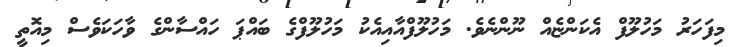
މިފަހަރު މަހުލޫފް އެކަންޏެއް ނޫންނެވެ. މަހުލޫފްއާއިއެކު މަހުލޫފްގެ ބައްޕަ ހައްސާންގެ ވާހަކަވެސް މިއޮތީ